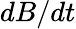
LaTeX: dB/dt